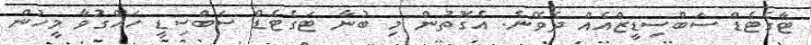
ޓާގެޓެޑް ސަބްސިޑީޒްއެެއް ދެވޭނެ. އެގޮތުން މި ބުނާ ޓަގެޓެޑް ސަބްސިޑީ ހައްގުވާ މީހުން